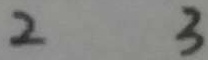
2 3